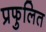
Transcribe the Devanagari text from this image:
प्रफुलित